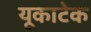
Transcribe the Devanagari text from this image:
यूकाटेक